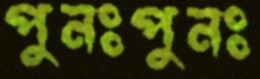
পুনঃপুনঃ